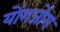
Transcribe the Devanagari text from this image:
योंगजोंग